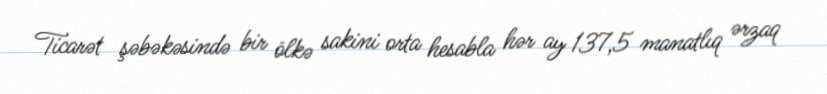
Ticarət şəbəkəsində bir ölkə sakini orta hesabla hər ay 137,5 manatlıq ərzaq